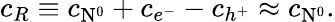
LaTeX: c_{R}\equiv c_{\mathrm{N}^{0}}+c_{e^{-}}-c_{h^{+}}\approx c_{\mathrm{N}^{0}}.